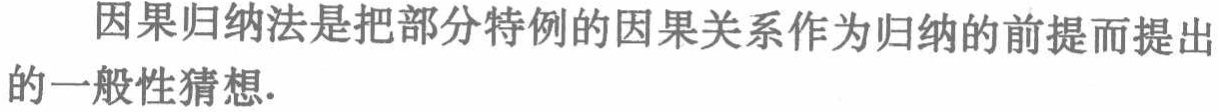
因果归纳法是把部分特例的因果关系作为归纳的前提而提出的一般性猜想.